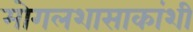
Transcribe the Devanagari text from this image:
मोगलशासाकांशी